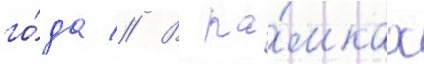
го́да // В ра́мках